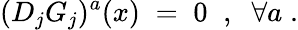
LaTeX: (D_{j}G_{j})^{a}(x)\; =\; 0\; \; ,\; \; \forall a\; .